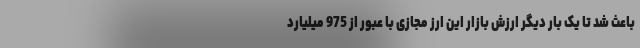
باعث شد تا یک بار دیگر ارزش بازار این ارز مجازی با عبور از 975 میلیارد